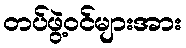
တပ်ဖွဲ့ဝင်များအား